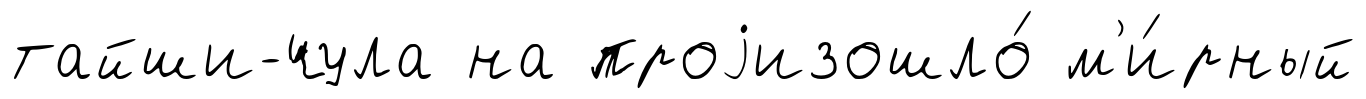
тайши-чула на проjизошло́ м'и́рный